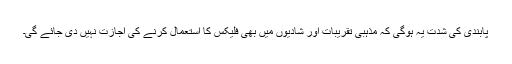
پابندی کی شدت یہ ہوگی کہ مذہبی تقریبات اور شادیوں میں بھی فلیکس کا استعمال کرنے کی اجازت نہیں دی جائے گی۔